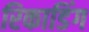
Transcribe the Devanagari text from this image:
रिकाडिंग